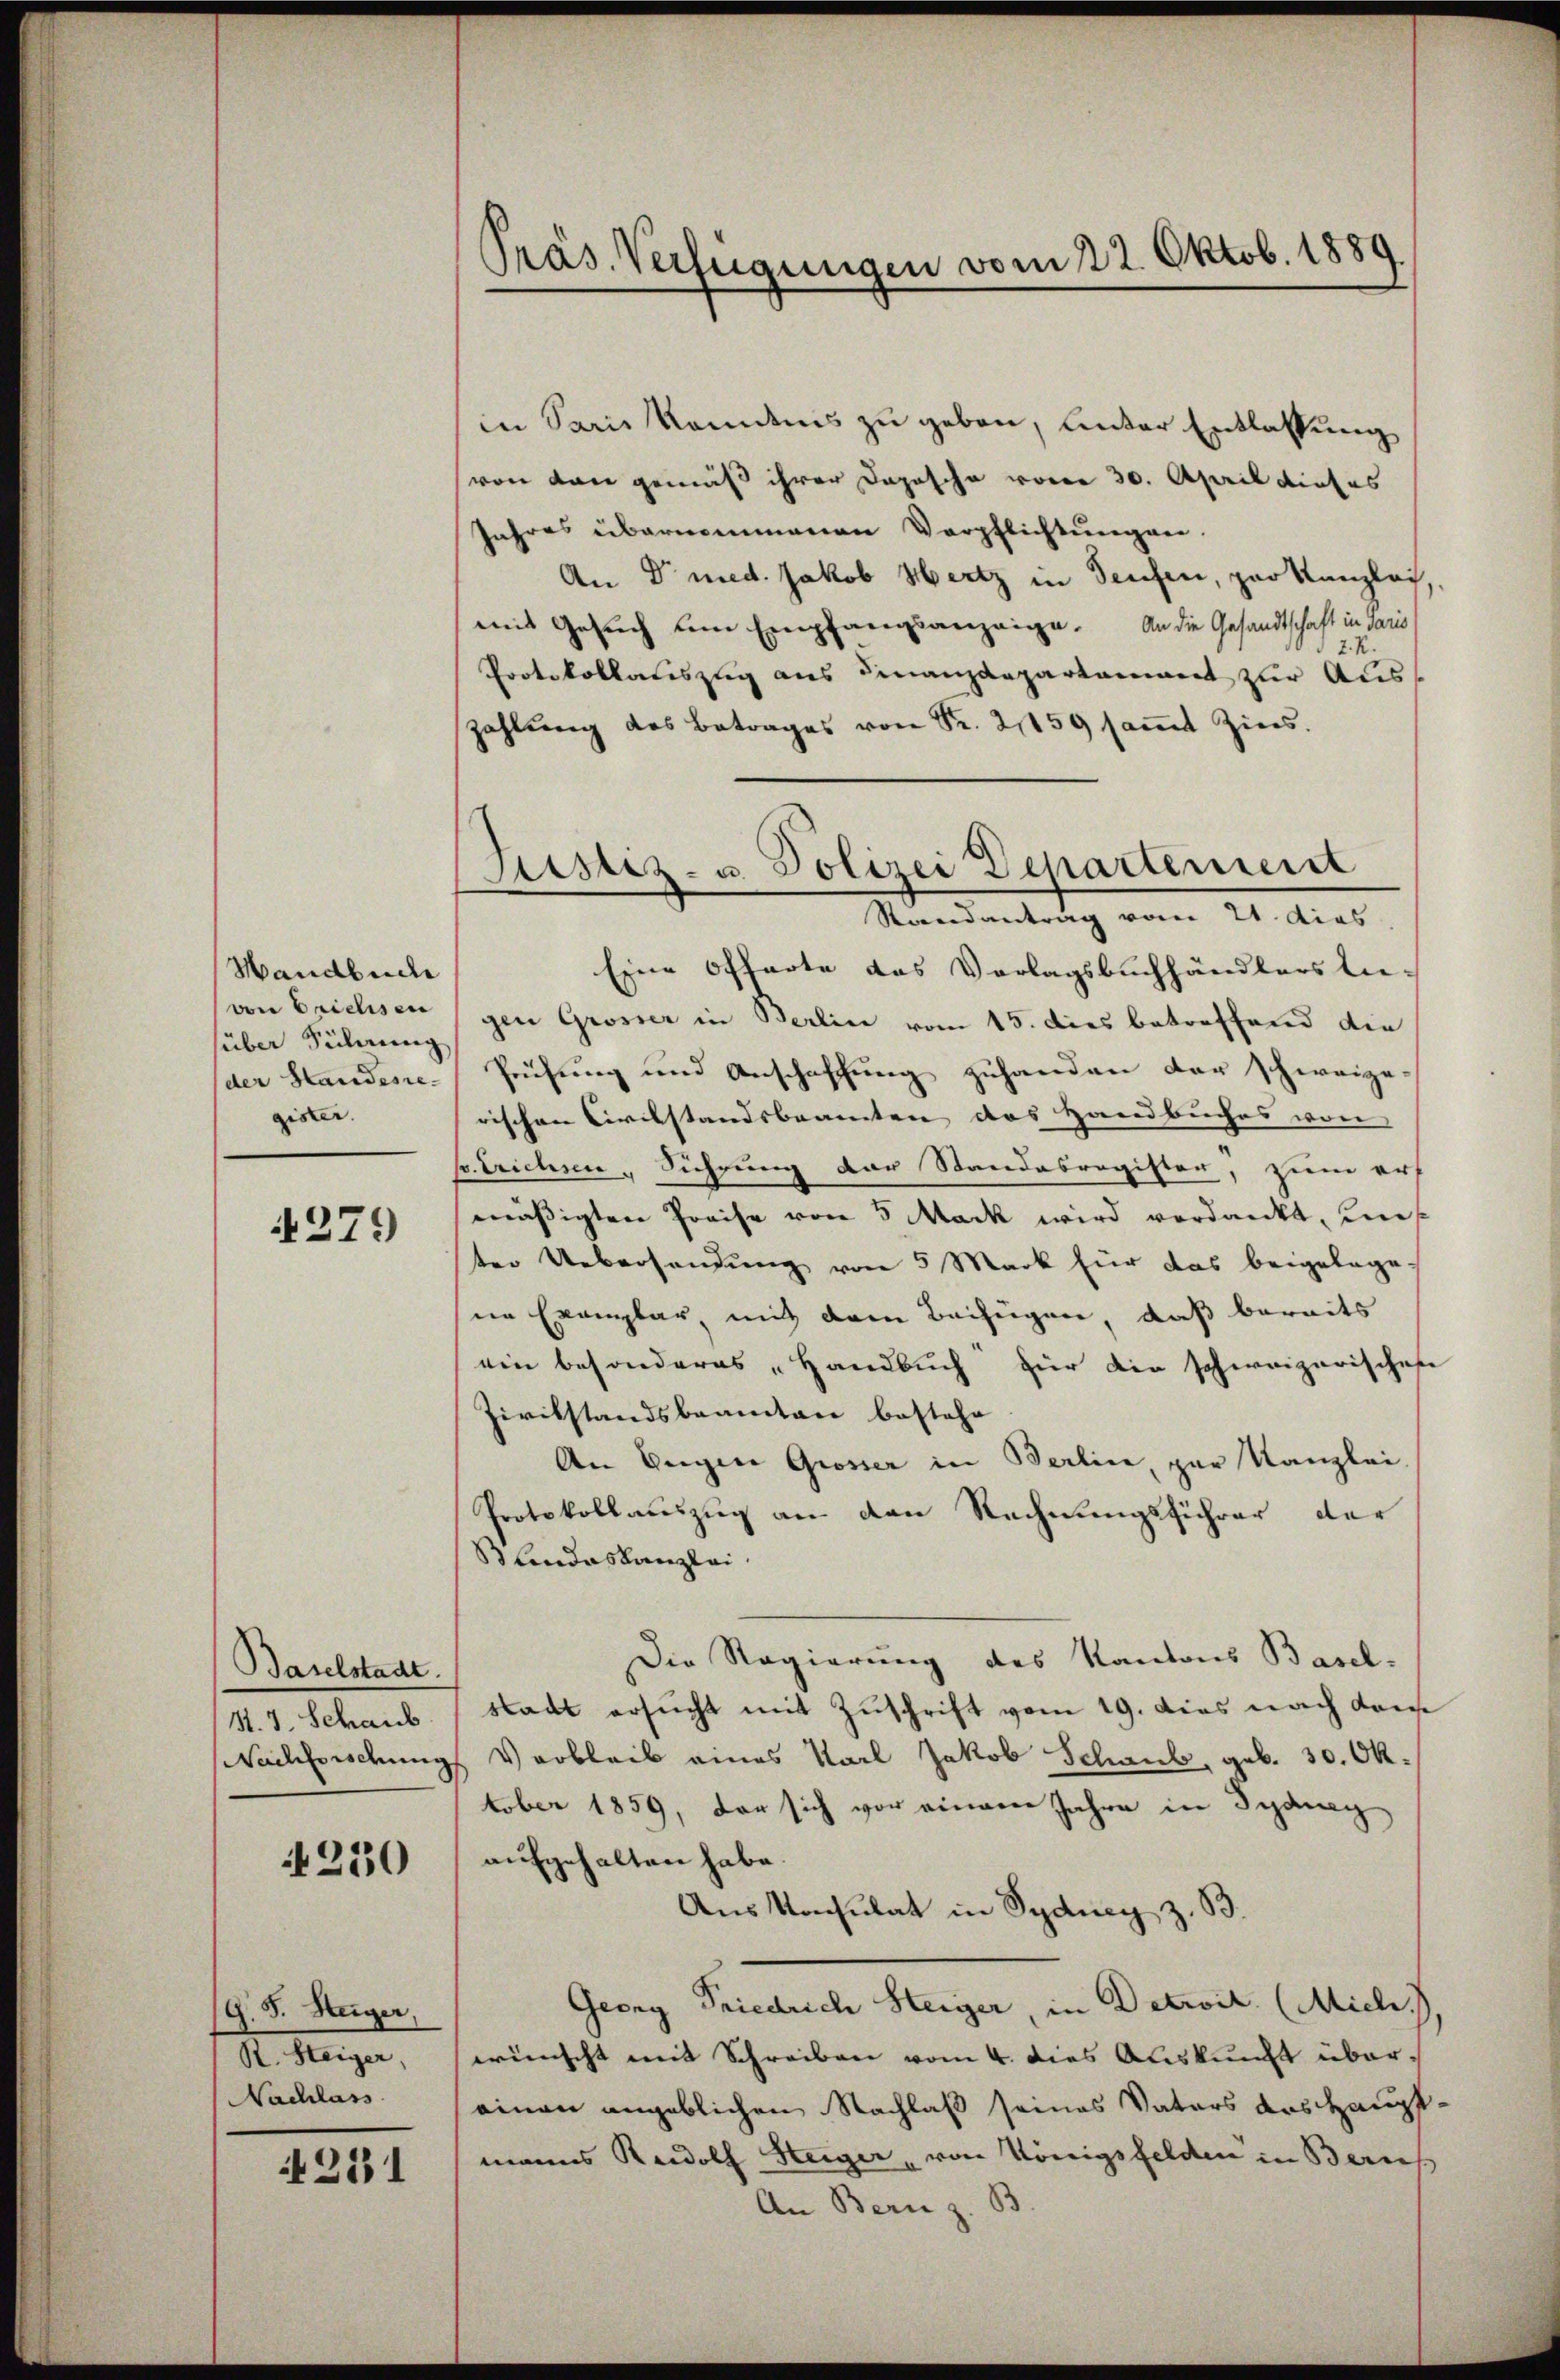
Handbuch
von Erichisen
über Sicherung
der Standesregister.

4279)

Baselstadt.
St. J. Schaub
Nachforschung

230

G. J. Heiger,
d. Wenigen,
Nachlass

231

Präs. Verfügungen vom 22. Oktob. 1889

in Sein Kandnis zu geben, unter Entlassung
von von gemäß ihrer Dopische vorer 30. April dieses
Jahres übernommenen Verpflichtungen.
An Dr med. Jakob Mertz in Teufen, par Kanzlich,
mit Gesuch dem Empfangsanzeige. An die Gesandtschaft in dari
Protokollauszug aus Finanzdepartament zur Auszahlŭng des Betrages von Sr. 21159 saṁt Zins.
Eine Offerte das Vorlagsbuchhändlers lie-
gen Grosser in Berlin vom 15. dies betreffend die
Prüfung und Anschaffung zuhanden der schweize
rischen Civilstandsbeamten des Handbuches von
v. Trichsen, Führung der Standasregister, zum erf
mässigten Preise von 5 Mark wird verdankt, uns
ter Uebersendung von 5 Mark für das beigelegen
ne Exemplar, mit dem Beifügen, daß bereits
ein besonderes „Handbuch für die schweizerisches
Zivilstandsbeamten bestehe
An Gegen Grosser in Berlin, par Kanzlei.
Protokollauszug an den Rechnungsführer der
Blindeskanzlei.
Die Regierung des Kantons Basel-
stadt ersucht mit Zuschrift vom 19. dies nach dans
Verbleib eines Karl Jakob Schaub, geb. 30. Oktober 1859, der sich vor einem Jahre in Syanag
aufgehalten habe.
Aus Konsulat in Sydung z. B.
Georg Friedrich Steiger, in Detroit. (Mich.)
wünscht mit Schreiben vom 4. dies Auskunft übereinen angeblichen Nachlaß seines Vaters das Haupt-
manns Rudolf Steiger, von Königsfelden in Baus
An Bern z. B.

Liestiz- u. Polizei Departement
Randantrag vom 21. dies